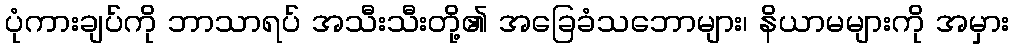
ပုံကားချပ်ကို ဘာသာရပ် အသီးသီးတို့၏ အခြေခံသဘောများ၊ နိယာမများကို အမှား